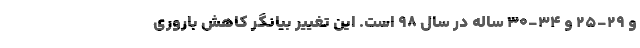
و ۲۹-۲۵ و ۳۴-۳۰ ساله در سال ٩٨ است. این تغییر بیانگر کاهش باروری